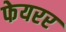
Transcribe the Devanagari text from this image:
फेयरर